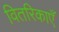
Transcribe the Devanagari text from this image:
वितरिकाएँ